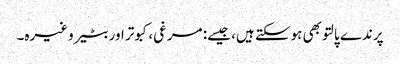
پرندے پالتو بھی ہوسکتے ہیں، جیسے: مرغی، کبوتر اور بٹیر وغیرہ۔